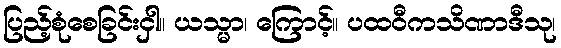
ပြည့်စုံစေခြင်းငှါ။ ယသ္မာ၊ ကြောင့်။ ပထဝီကသိဏာဒီသု၊